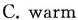
C. warm